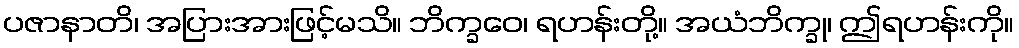
ပဇာနာတိ၊ အပြားအားဖြင့်မသိ။ ဘိက္ခဝေ၊ ရဟန်းတို့။ အယံဘိက္ခု၊ ဤရဟန်းကို။